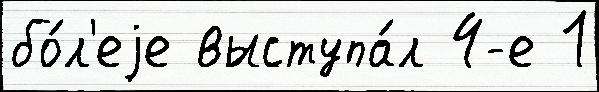
бо́л'еjе выступа́л 4-е 1